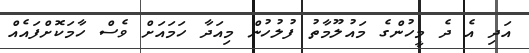
އަދި އެ ދެ މީހުންގެ މައުލޫމާތު ފުލުހުން މިއަދާ ހަމައަށް ވެސް ހާމަކޮށްފައެއް